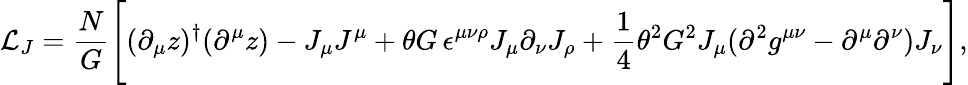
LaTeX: {\cal L}_{J}=\frac{N}{G}\Biggl[(\partial_{\mu}z)^{\dagger}(\partial^{\mu}z)-J_{\mu}J^{\mu}+\theta G\, \epsilon^{\mu\nu\rho}J_{\mu}\partial_{\nu}J_{\rho}+\frac{1}{4}\theta^{2}G^{2}J_{\mu}(\partial^{2}g^{\mu\nu}-\partial^{\mu}\partial^{\nu})J_{\nu}\Biggr],